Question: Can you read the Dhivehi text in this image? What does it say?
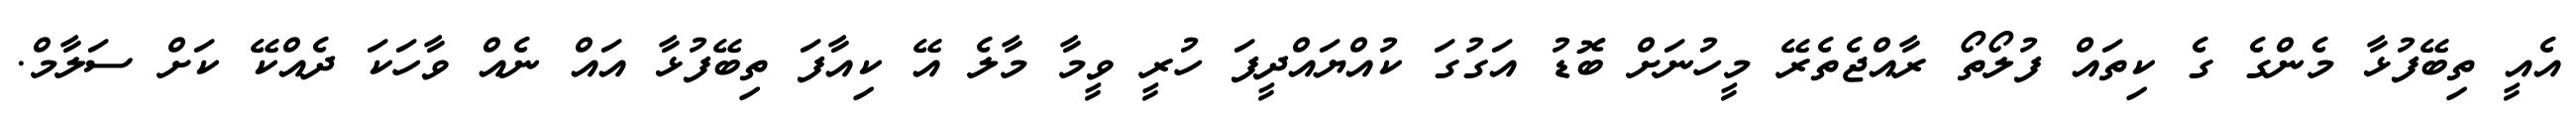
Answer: އެއީ ތިބޭފުޅާ މެންގެ ގެ ކިތައް ފުލޯތޯ ރާއްޖެތެރޭ މީހުނަށް ބޮޑު އަގުގަ ކުއްޔައްދީފަ ހުރީ ވީމާ މާލެ އޭ ކިއާފަ ތިބޭފުޅާ އައް ނެއް ވާހަކަ ދެއްކޭ ކަށް ސަލާމް.